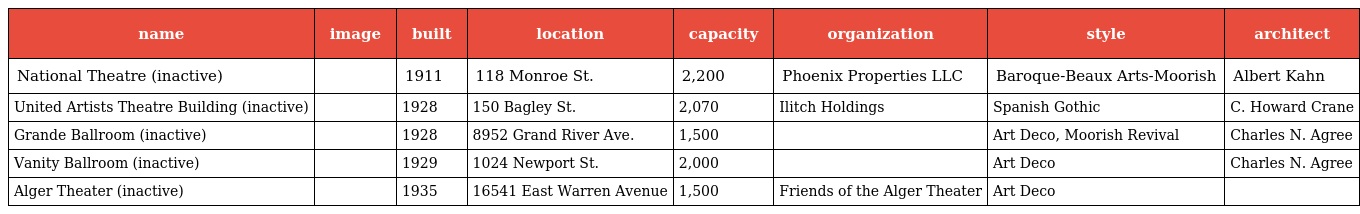
| name | image | built | location | capacity | organization | style | architect |
 | --- | --- | --- | --- | --- | --- | --- | --- |
 | National Theatre (inactive) |  | 1911 | 118 Monroe St. | 2,200 | Phoenix Properties LLC | Baroque-Beaux Arts-Moorish | Albert Kahn |
 | United Artists Theatre Building (inactive) |  | 1928 | 150 Bagley St. | 2,070 | Ilitch Holdings | Spanish Gothic | C. Howard Crane |
 | Grande Ballroom (inactive) |  | 1928 | 8952 Grand River Ave. | 1,500 |  | Art Deco, Moorish Revival | Charles N. Agree |
 | Vanity Ballroom (inactive) |  | 1929 | 1024 Newport St. | 2,000 |  | Art Deco | Charles N. Agree |
 | Alger Theater (inactive) |  | 1935 | 16541 East Warren Avenue | 1,500 | Friends of the Alger Theater | Art Deco |  |